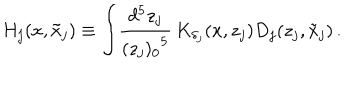
H _ { j } ( x , \tilde { x } _ { j } ) \equiv \int \! \frac { d ^ { 5 } z _ { j } } { { ( z _ { j } ) _ { 0 } } ^ { 5 } } \, K _ { \delta _ { j } } ( x , z _ { j } ) D _ { j } ( z _ { j } , \tilde { x } _ { j } ) \, .